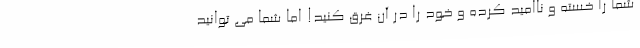
شما را خسته و ناامید کرده و خود را در آن غرق کنید! اما شما می توانید